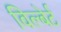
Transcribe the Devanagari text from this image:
विल्बेर्ट